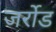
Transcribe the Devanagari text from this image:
जर्रोड